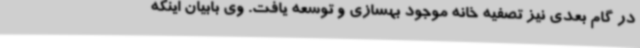
در گام بعدی نیز تصفیه خانه موجود بهسازی و توسعه یافت. وی بابیان اینکه